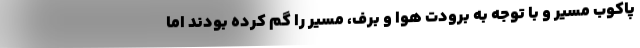
پاکوب مسیر و با توجه به برودت هوا و برف، مسیر را گم کرده بودند اما